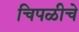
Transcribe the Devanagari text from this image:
चिपळीचे